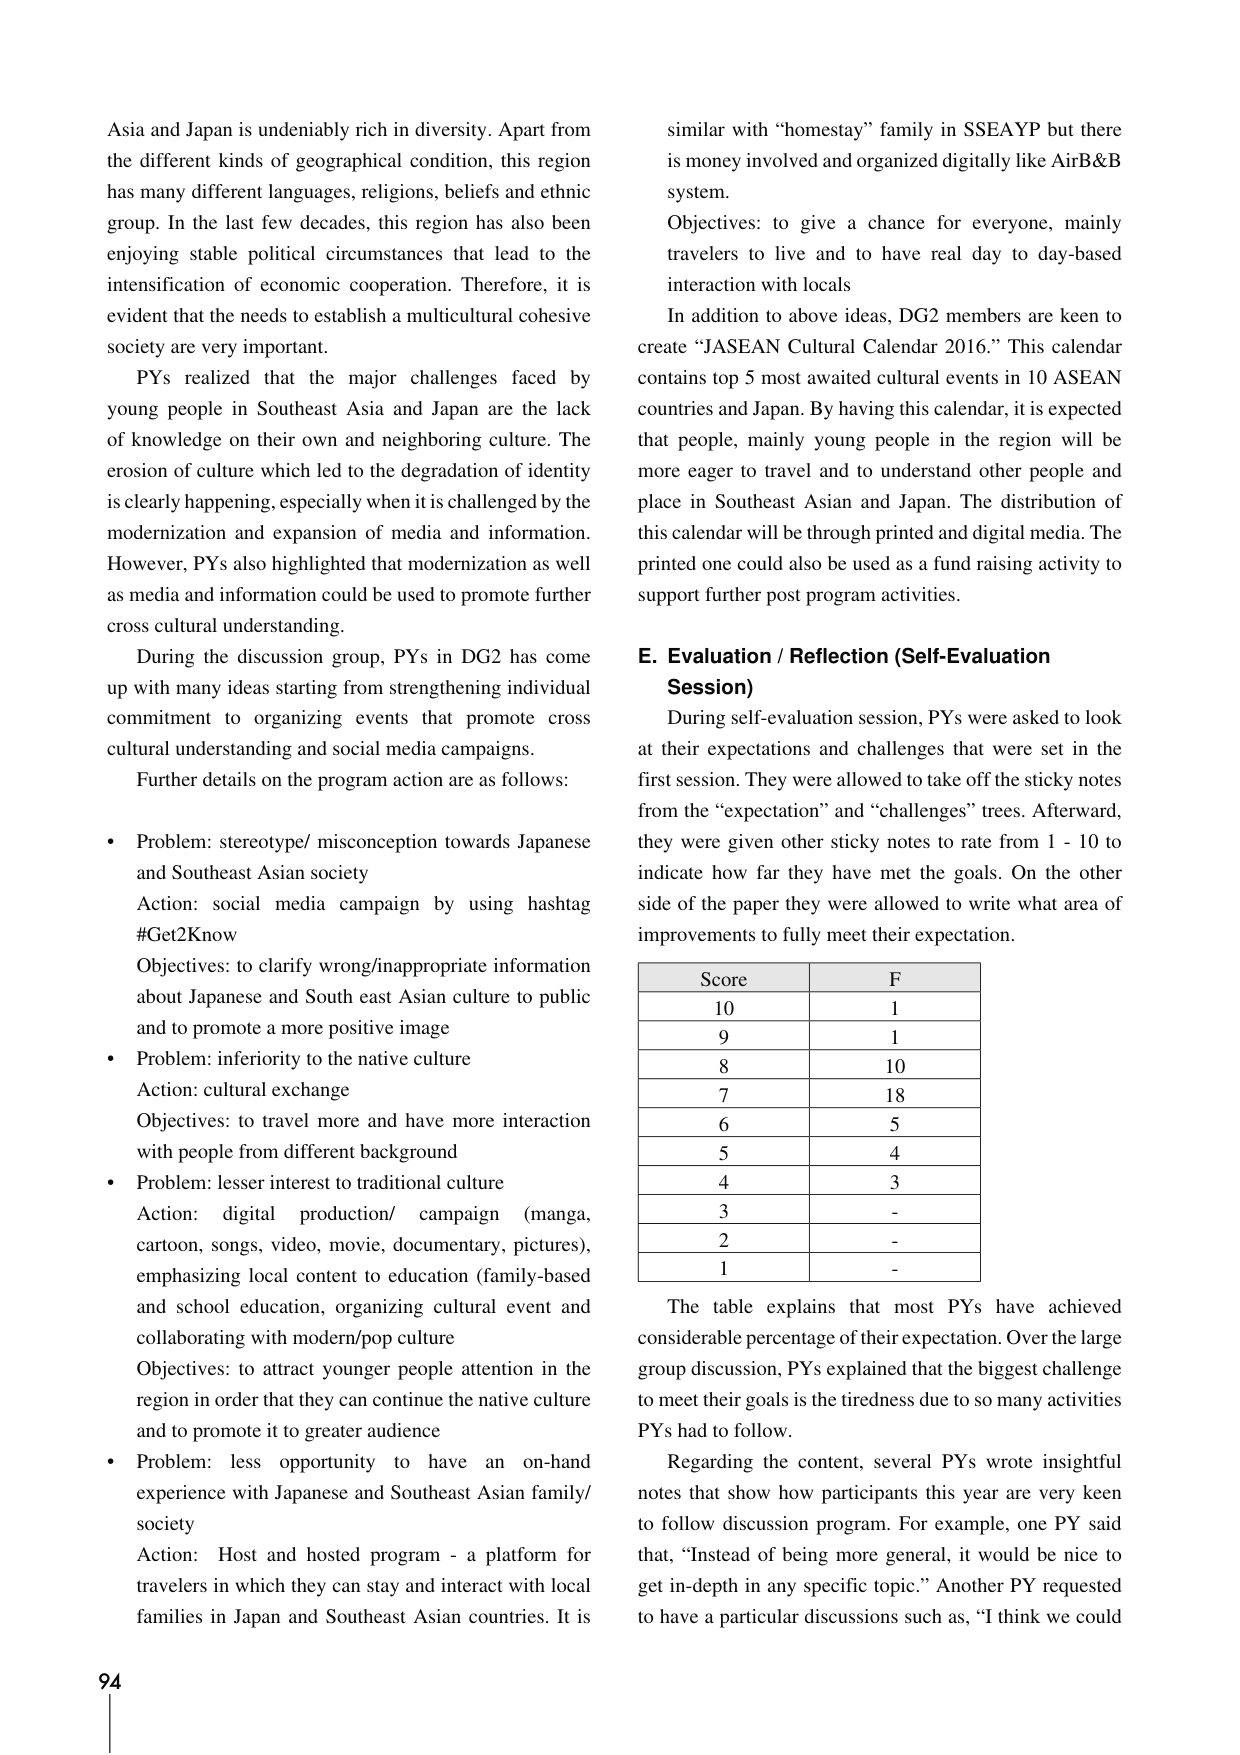
Asia and Japan is undeniably rich in diversity. Apart from the different kinds of geographical condition, this region has many different languages, religions, beliefs and ethnic group. In the last few decades, this region has also been enjoying stable political circumstances that lead to the intensification of economic cooperation. Therefore, it is evident that the needs to establish a multicultural cohesive society are very important.

PYs realized that the major challenges faced by young people in Southeast Asia and Japan are the lack of knowledge on their own and neighboring culture. The erosion of culture which led to the degradation of identity is clearly happening, especially when it is challenged by the modernization and expansion of media and information. However, PYs also highlighted that modernization as well as media and information could be used to promote further cross cultural understanding.

During the discussion group, PYs in DG2 has come up with many ideas starting from strengthening individual commitment to organizing events that promote cross cultural understanding and social media campaigns.

Further details on the program action are as follows:

• Problem: stereotype/ misconception towards Japanese and Southeast Asian society
Action: social media campaign by using hashtag #Get2Know
Objectives: to clarify wrong/inappropriate information about Japanese and South east Asian culture to public and to promote a more positive image

• Problem: inferiority to the native culture
Action: cultural exchange
Objectives: to travel more and have more interaction with people from different background

• Problem: lesser interest to traditional culture
Action: digital production/ campaign (manga, cartoon, songs, video, movie, documentary, pictures), emphasizing local content to education (family-based and school education), organizing cultural event and collaborating with modern/pop culture
Objectives: to attract younger people attention in the region in order that they can continue the native culture and to promote it to greater audience

• Problem: less opportunity to have an on-hand experience with Japanese and Southeast Asian family/ society
Action: Host and hosted program - a platform for travelers in which they can stay and interact with local families in Japan and Southeast Asian countries. It is similar with “homestay” family in SSEAYP but there is money involved and organized digitally like AirB&B system.
Objectives: to give a chance for everyone, mainly travelers to live and to have real day to day-based interaction with locals

In addition to above ideas, DG2 members are keen to create “JASEAN Cultural Calendar 2016.” This calendar contains top 5 most awaited cultural events in 10 ASEAN countries and Japan. By having this calendar, it is expected that people, mainly young people in the region will be more eager to travel and to understand other people and place in Southeast Asian and Japan. The distribution of this calendar will be through printed and digital media. The printed one could also be used as a fund raising activity to support further post program activities.

E. Evaluation / Reflection (Self-Evaluation Session)

During self-evaluation session, PYs were asked to look at their expectations and challenges that were set in the first session. They were allowed to take off the sticky notes from the “expectation” and “challenges” trees. Afterward, they were given other sticky notes to rate from 1 - 10 to indicate how far they have met the goals. On the other side of the paper they were allowed to write what area of improvements to fully meet their expectation.

Score | F
---|---
10 | 1
9 | 1
8 | 10
7 | 18
6 | 5
5 | 4
4 | 3
3 | -
2 | -
1 | -

The table explains that most PYs have achieved considerable percentage of their expectation. Over the large group discussion, PYs explained that the biggest challenge to meet their goals is the tiredness due to so many activities PYs had to follow.

Regarding the content, several PYs wrote insightful notes that show how participants this year are very keen to follow discussion program. For example, one PY said that, “Instead of being more general, it would be nice to get in-depth in any specific topic.” Another PY requested to have a particular discussions such as, “I think we could

94